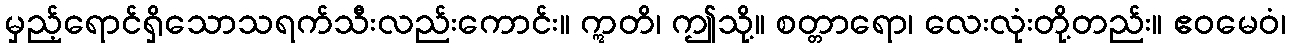
မှည့်ရောင်ရှိသောသရက်သီးလည်းကောင်း။ ဣတိ၊ ဤသို့။ စတ္တာရော၊ လေးလုံးတို့တည်း။ ဧဝမေဝံ၊